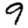
Digit: 9